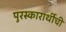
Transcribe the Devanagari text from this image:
पुरस्कारार्थीची